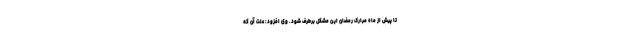
تا پیش از ماه مبارک رمضان این مشکل برطرف شود. وی افزود: علت آن که